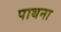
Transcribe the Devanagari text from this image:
पाथना